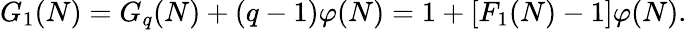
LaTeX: G_{1}(N)=G_{q}(N)+(q-1)\varphi(N)=1+[F_{1}(N)-1]\varphi(N).